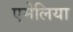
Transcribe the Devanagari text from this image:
एमेलिया